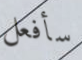
سأفعل